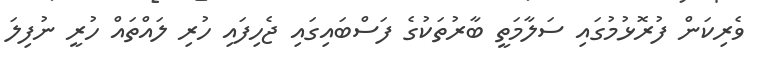
ވެރިކަން ފުރޮޅުމުގައި ސަލާމަތީ ބާރުތަކުގެ ފަސްބައިގައި ޖެހިފައި ހުރި ލައްތައް ހުރީ ނުފިލަ